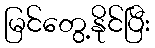
မြင်တွေ့နိုင်ပြီး